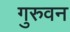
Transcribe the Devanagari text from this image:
गुरुवन